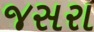
જસરા